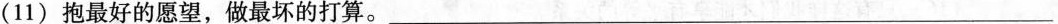
( 11 ) 抱最好的愿望，做最坏的打算。___